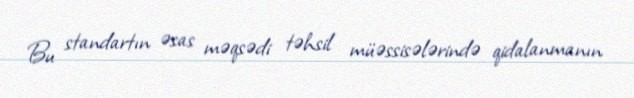
Bu standartın əsas məqsədi təhsil müəssisələrində qidalanmanın